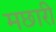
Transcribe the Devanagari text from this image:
मछारी